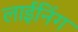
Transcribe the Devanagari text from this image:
लाईनिंग